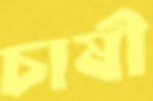
চাষী